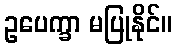
ဥပေက္ခာ မပြုနိုင်။